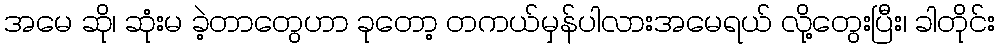
အမေ ဆို၊ ဆုံးမ ခဲ့တာတွေဟာ ခုတော့ တကယ်မှန်ပါလားအမေရယ် လို့တွေးပြီး၊ ခါတိုင်း